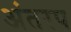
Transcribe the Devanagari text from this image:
अंतरप